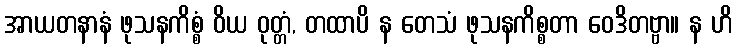
အာယတနာနံ ဖုသနကိစ္စံ ဝိယ ဝုတ္တံ, တထာပိ န တေသံ ဖုသနကိစ္စတာ ဝေဒိတဗ္ဗာ။ န ဟိ